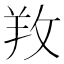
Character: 䍩